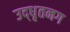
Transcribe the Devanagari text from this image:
उद्‌धृतनग